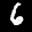
Label: 6